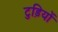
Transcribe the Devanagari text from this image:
टुड़ियों